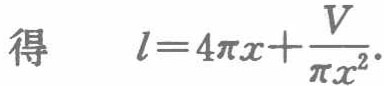
得\(l = 4\pi x+\frac{V}{\pi x^{2}}\)